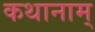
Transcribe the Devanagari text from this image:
कथानाम्